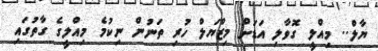
ޔާލް.. މިއްލީ ގޮވާލި އަޑަށް މިޒްޔަލް ހުރި ތަނުން ނިކުމެ މިއްލީގެ ގާތުގައި